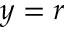
y = r